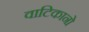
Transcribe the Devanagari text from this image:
वाटिकानो